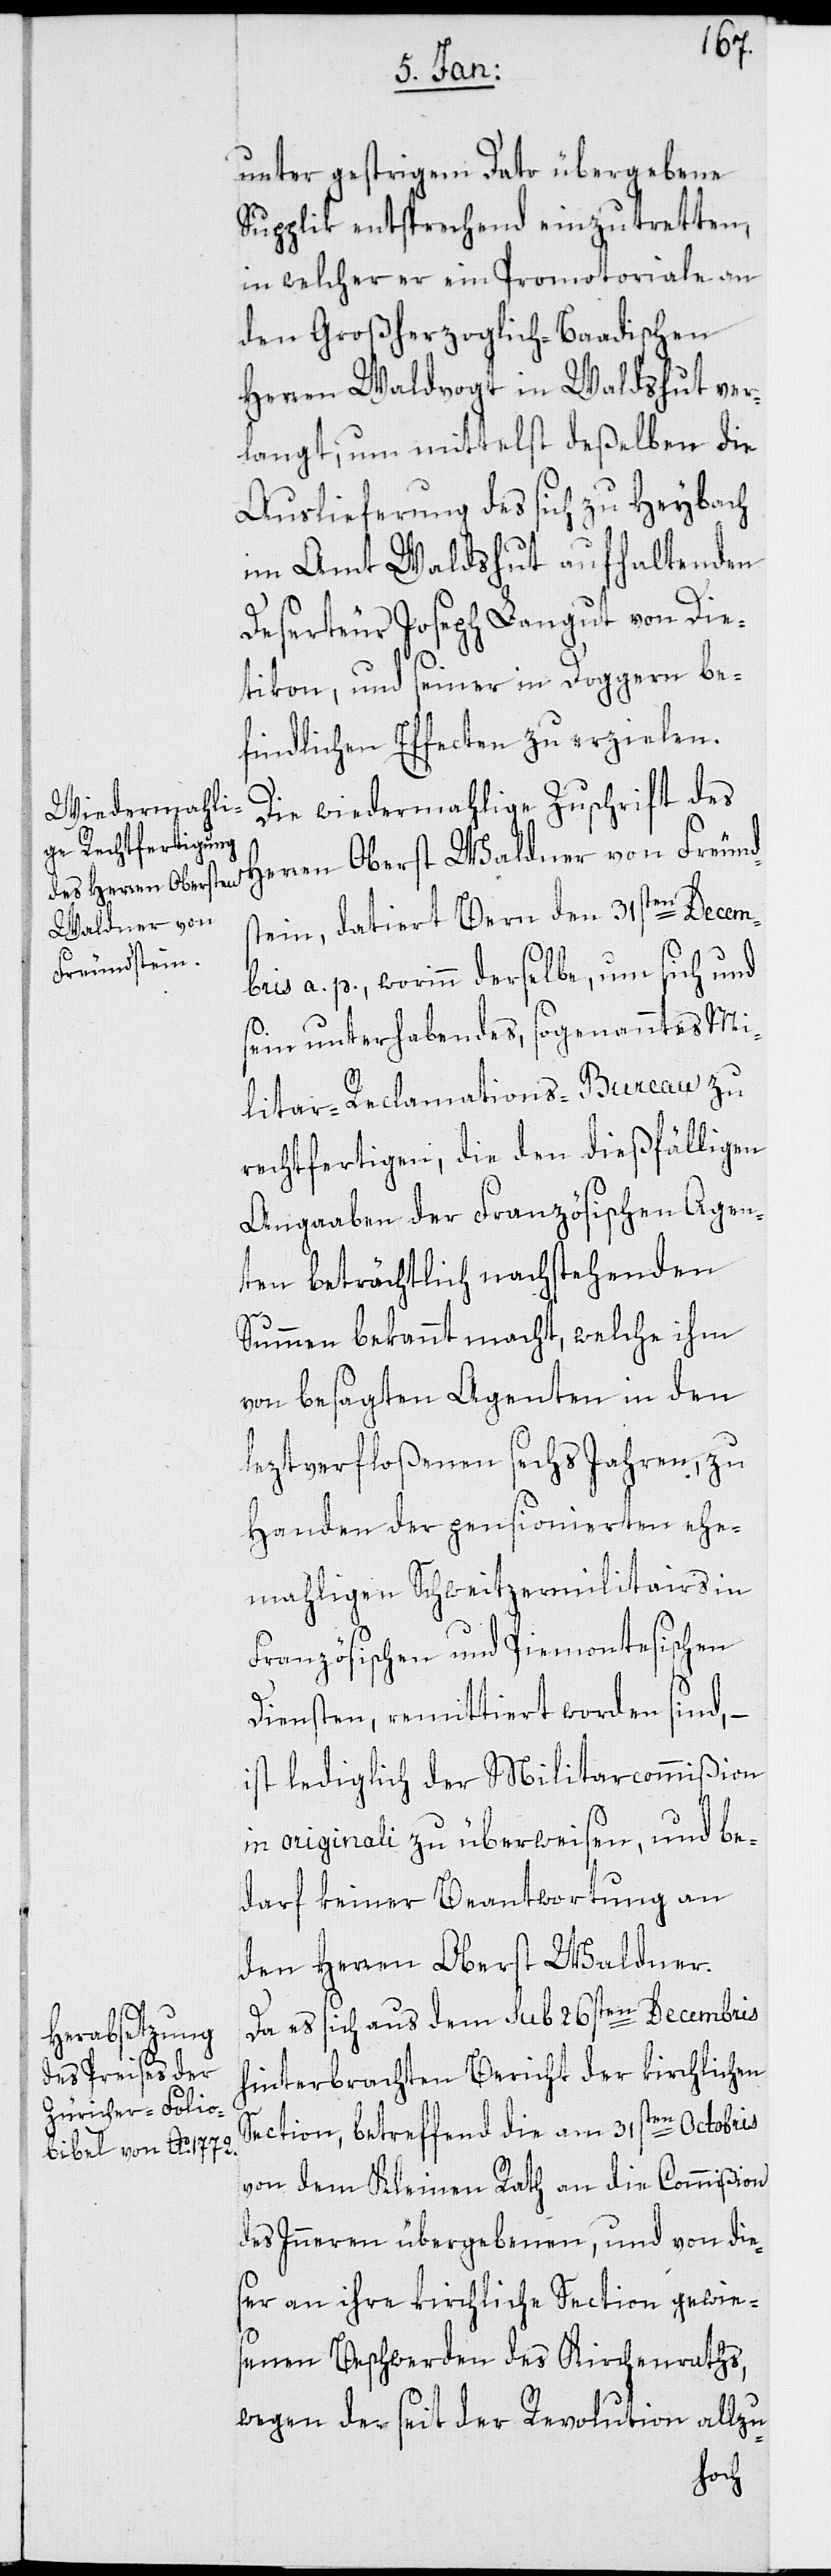
unter gestrigem Dato übergebene
Supplik entsprechend einzutretten,
in welcher er ein Promotoriale an
den Großherzoglich-Baadischen
Herren Waldvogt in Waldshut ver¬
langt, um mittelst deßelben die
Auslieferung des sich zu Heybach
im Amt Waldshut aufhaltenden
Deserteur Joseph Langut von Die¬
tikon, und seiner in Doggern be¬
findlichen Effecten zu erzielen.
Die wiedermahlige Zuschrift des
Herren Oberst Waldner von Freund¬
stein, datiert Bern den 31sten Decem¬
bris a. p., worinn derselbe, um sich und
sein unterhabendes, sogenanntes Mi¬
litar-Reclamations-Bureau zu
rechtfertigen, die den dießfälligen
Angaaben der Französischen Agen¬
ten beträchtlich nachstehenden
Summen bekannt macht, welche ihm
von besagten Agenten in den
leztverfloßenen sechs Jahren, zu
Handen der pensionierten ehe¬
mahligen Schweitzermilitairs in
Französischen und Piemontesischen
Diensten, remittiert worden sind, –
ist lediglich der Militarcommißion
in originali zu überweisen, und be¬
darf keiner Beantwortung an
den Herren Oberst Waldner.
Da es sich aus dem sub 26sten Decembris
hinterbrachten Bericht der kirchlichen
Section, betreffend die am 31sten Octobris
von dem Kleinen Rath an die Commißion
des Inneren übergebenen, und von die¬
ser an ihre kirchliche Section gewie¬
senen Beschwerden des Kirchenraths,
wegen der seit der Revolution allzu-